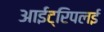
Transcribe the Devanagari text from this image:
आईट्रिपलई